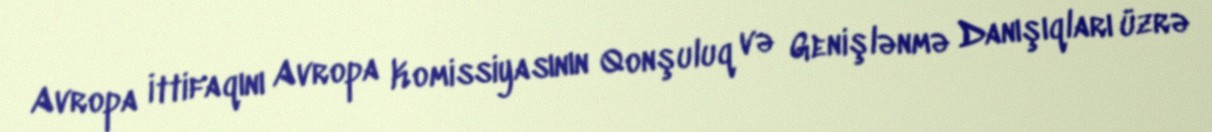
Avropa İttifaqını Avropa Komissiyasının Qonşuluq və Genişlənmə Danışıqları üzrə